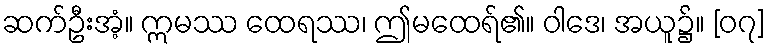
ဆက်ဦးအံ့။ ဣမဿ ထေရဿ၊ ဤမထေရ်၏။ ဝါဒေ၊ အယူ၌။ [၀၇]